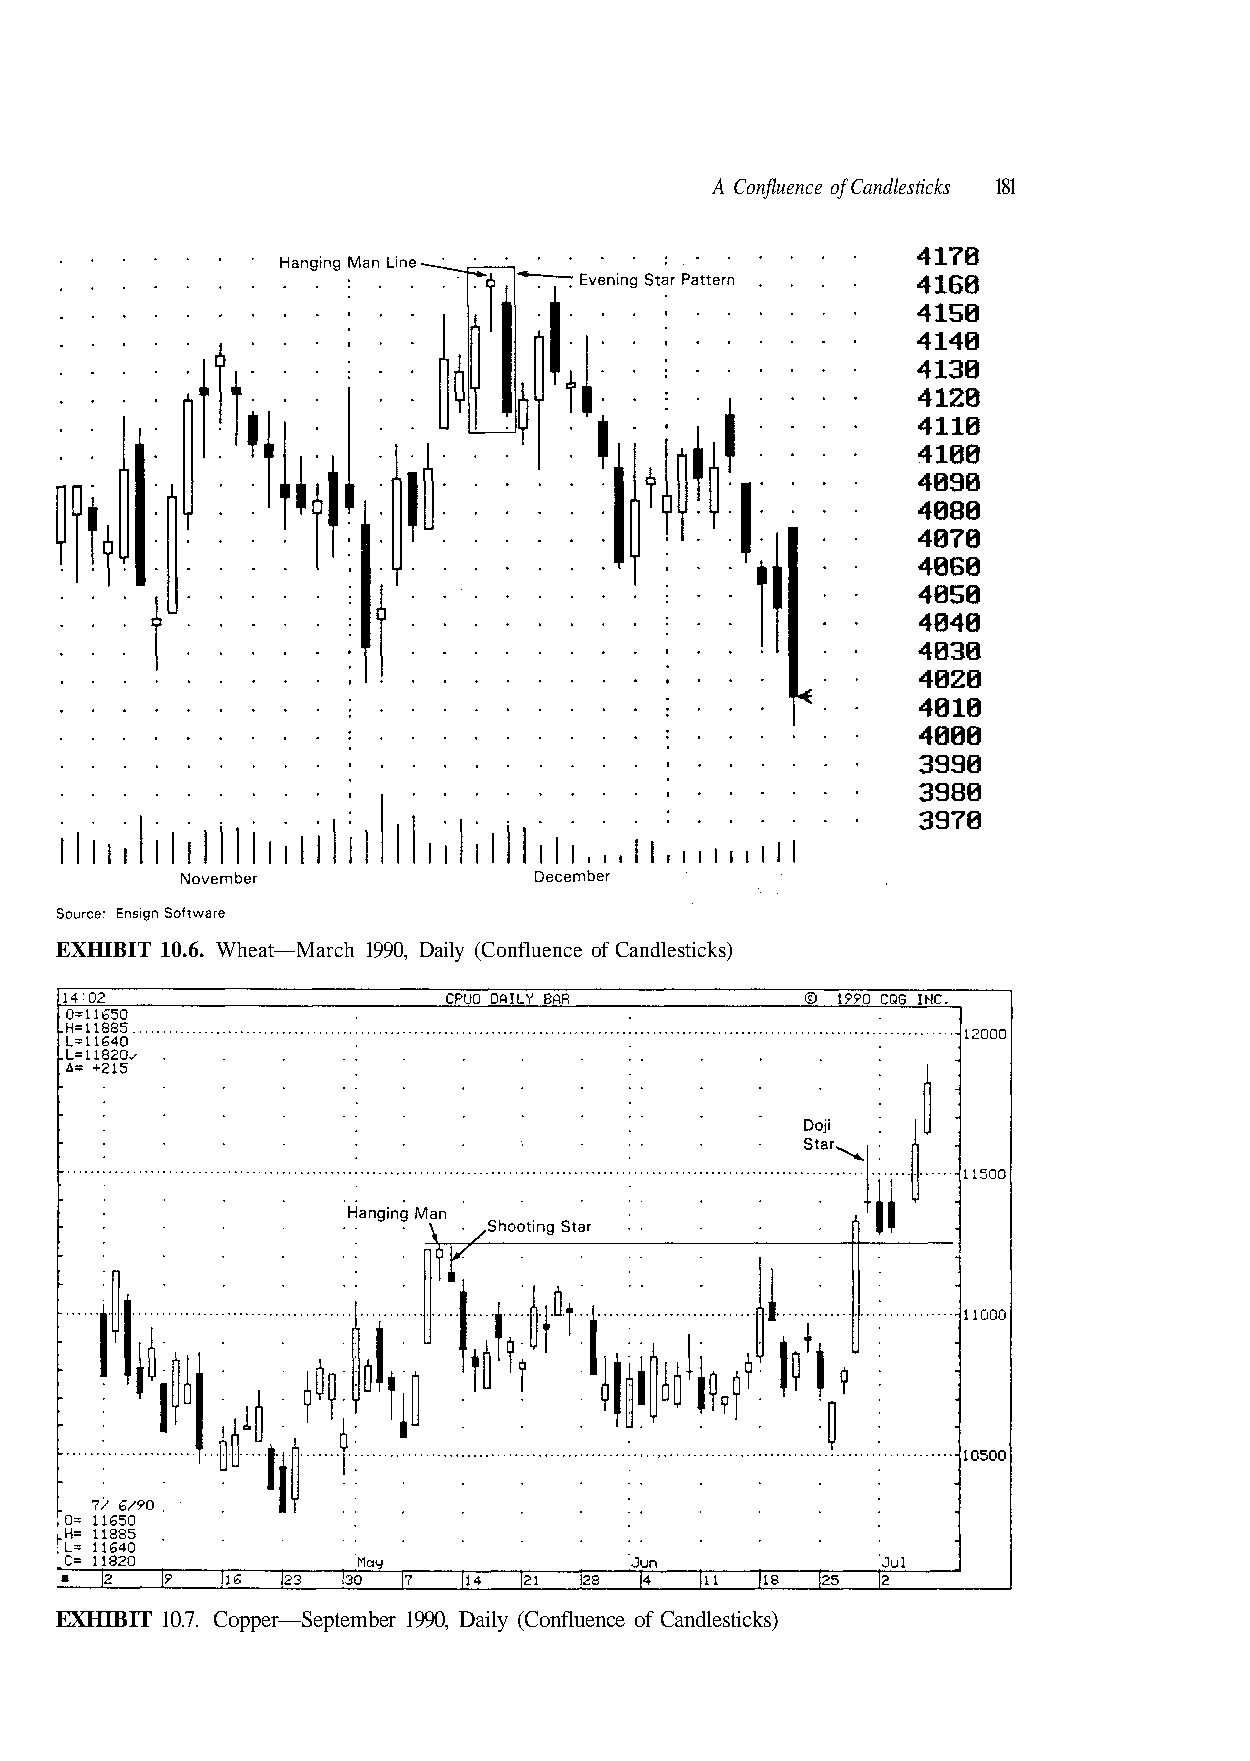
EXHIBIT 10.6. Wheat—March 1990, Daily (Confluence of Candlesticks)
 Candlesticks) of Confluence Daily ( 1990, mber —Septe Copper 10.7. T BI HI X E
 181    A Confluence of Candlesticks